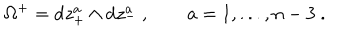
\Omega ^ { + } = \mathrm { d } z _ { + } ^ { a } \wedge \mathrm { d } z _ { - } ^ { a } \ , \qquad a = 1 , . . . , n - 3 \ .